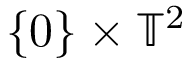
\{ 0 \} \times \ensuremath { \mathbb { T } } ^ { 2 }